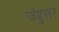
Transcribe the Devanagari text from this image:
जंबुसर